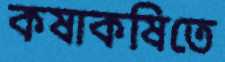
কষাকষিতে